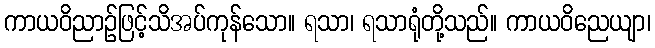
ကာယဝိညာဉ်ဖြင့်သိအပ်ကုန်သော။ ရသာ၊ ရသာရုံတို့သည်။ ကာယဝိညေယျာ၊